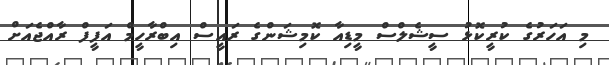
މި އަހަރުގެ ކުރީކޮޅު ސީޝެލްސް މީޑިއާ ކޮމިޝަންގެ ރައީސް އިބްރާހީމް އަފީފް ރާއްޖެއަށް